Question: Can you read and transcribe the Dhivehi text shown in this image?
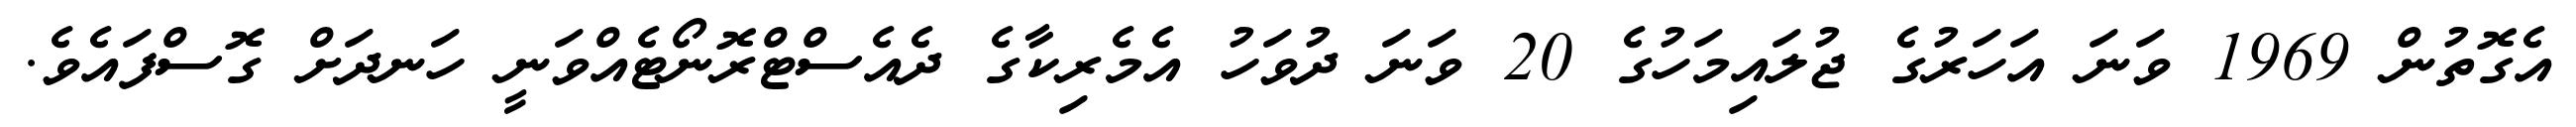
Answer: އެގޮތުން 1969 ވަނަ އަހަރުގެ ޖުލައިމަހުގެ 20 ވަނަ ދުވަހު އެމެރިކާގެ ދެއެސްޓްރޮނޯޓެއްވަނީ ހަނދަށް ގޮސްފައެވެ.